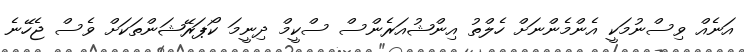
އަނެއް ވިސްނުމަކީ އެންމެންނަށް ހެލްތު އިންޝުއަރެންސް ސްކީމް ދިނީމަ ކޯޕަރޭޝަންތަކަށް ވެސް ޖެހޭނެ